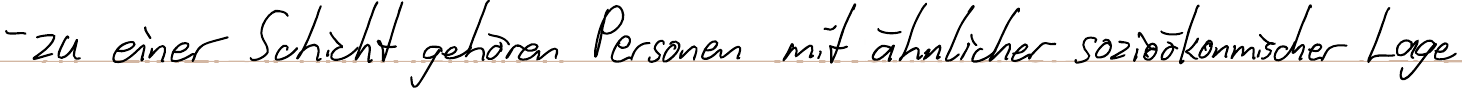
- zu einer Schicht gehören Personen mit ähnlicher sozioökonomischer Lage